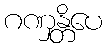
ဂဏှန္တိပေ